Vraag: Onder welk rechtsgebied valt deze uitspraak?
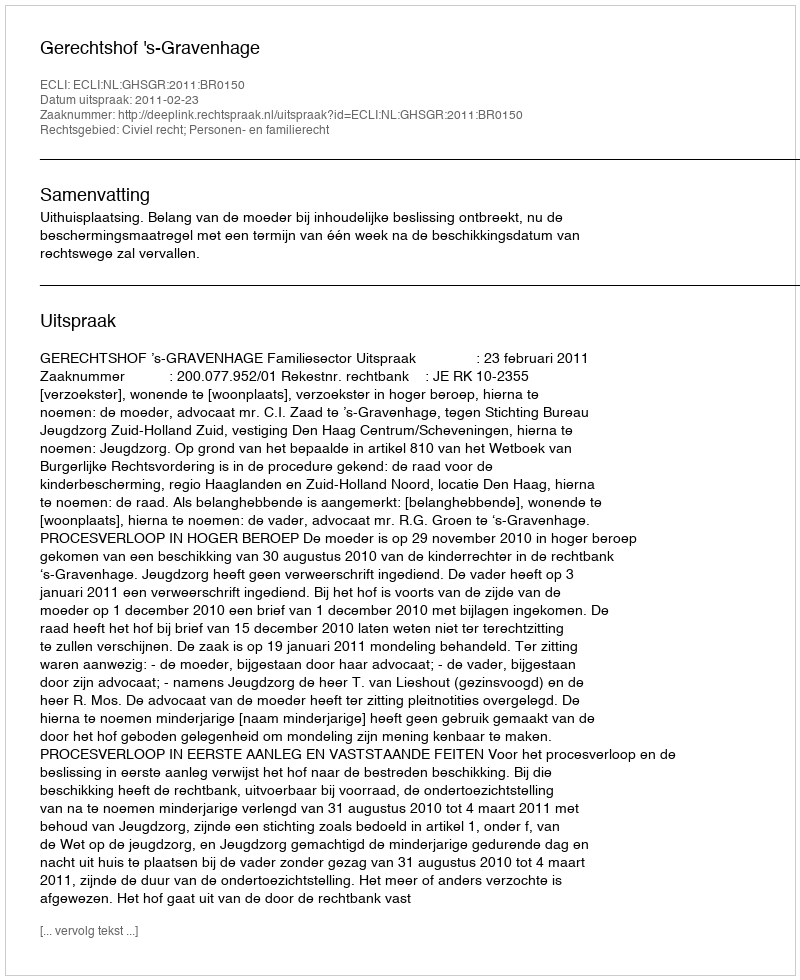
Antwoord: Civiel recht; Personen- en familierecht